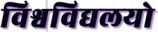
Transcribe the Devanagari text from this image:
विश्वविद्यलयो